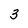
Character: 3